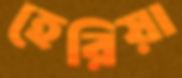
হেরিয়া